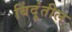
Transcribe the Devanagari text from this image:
बिंदूंतील